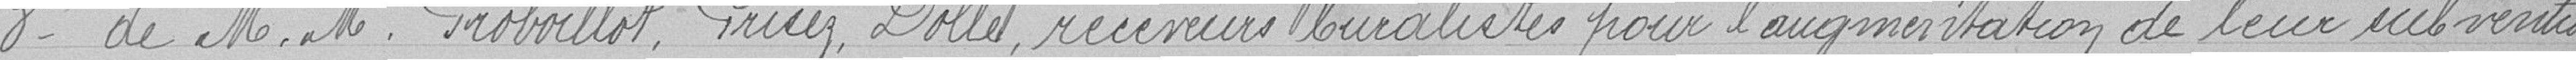
receveurs buralistes pour l'augmentation de leur subvention